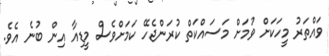
ވައްތަރު މީހަކަށް ވުމަށް މަސައްކަތް ކުރަންޖެހޭ ކަމަށްވެސް މީޑިއާ އިން ބުނެ އެވެ.